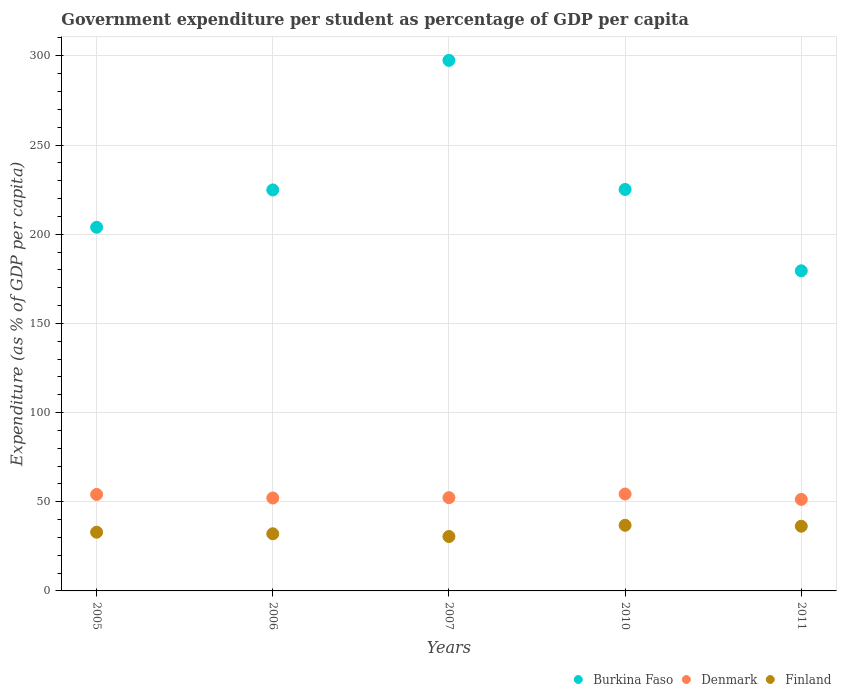
| Years | Burkina Faso | Denmark | Finland |
 | --- | --- | --- | --- |
 | 2005 | 204 | 54.1 | 32.9 |
 | 2006 | 225 | 52.1 | 32 |
 | 2007 | 297 | 52.3 | 30.5 |
 | 2010 | 225 | 54.3 | 36.8 |
 | 2011 | 179 | 51.3 | 36.3 |